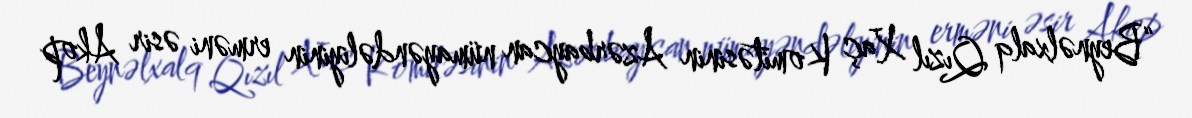
“Beynəlxalq Qızıl Xaç Komitəsinin Azərbaycan nümayəndəliyinin erməni əsir Akop